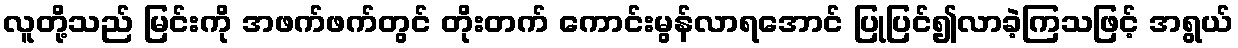
လူတို့သည် မြင်းကို အဖက်ဖက်တွင် တိုးတက် ကောင်းမွန်လာရအောင် ပြုပြင်၍လာခဲ့ကြသဖြင့် အရွယ်